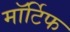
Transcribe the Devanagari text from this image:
मॉर्टिफ